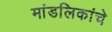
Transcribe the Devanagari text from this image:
मांडलिकांचे